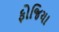
ફોજિયા